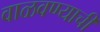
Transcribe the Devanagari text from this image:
वाळवण्याची